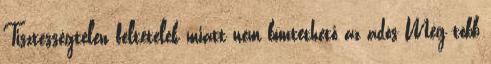
Tisztességtelen feltételek miatt nem büntethető az adós Még több